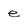
Character: e